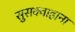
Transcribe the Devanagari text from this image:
सुसक्वाहाना